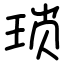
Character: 琐